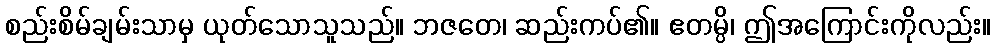
စည်းစိမ်ချမ်းသာမှ ယုတ်သောသူသည်။ ဘဇတေ၊ ဆည်းကပ်၏။ ဧတမ္ပိ၊ ဤအကြောင်းကိုလည်း။